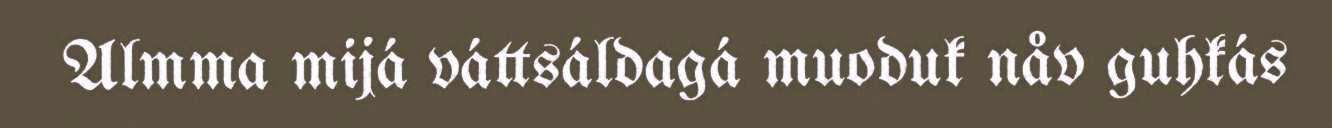
Almma mijá váttsáldagá muoduk nåv guhkás